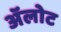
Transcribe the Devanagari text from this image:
ॲलोट